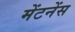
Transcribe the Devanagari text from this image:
मेंटनेंस